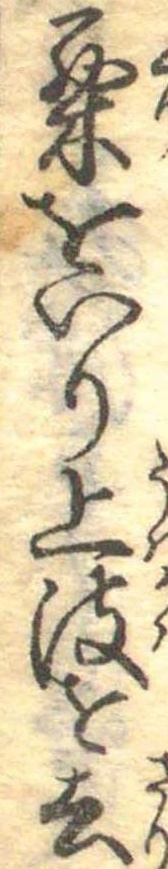
栗をいり上皮を去